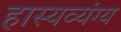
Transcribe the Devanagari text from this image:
हास्यव्यंग्य